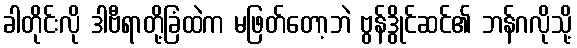
ခါတိုင်းလို ဒါဗီရာတို့ခြံထဲက မဖြတ်တော့ဘဲ ဗွန်ဒွိုင်ဆင်၏ ဘန်ဂလိုသို့